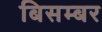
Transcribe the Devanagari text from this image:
बिसम्बर